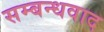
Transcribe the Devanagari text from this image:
सम्बन्धवाद